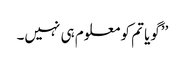
’’گویا تم کو معلوم ہی نہیں۔